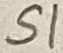
Text: S1